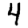
Digit: 4